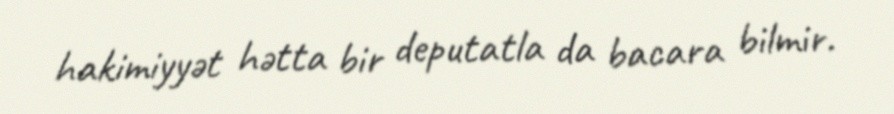
hakimiyyət hətta bir deputatla da bacara bilmir.